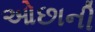
ઓછાની